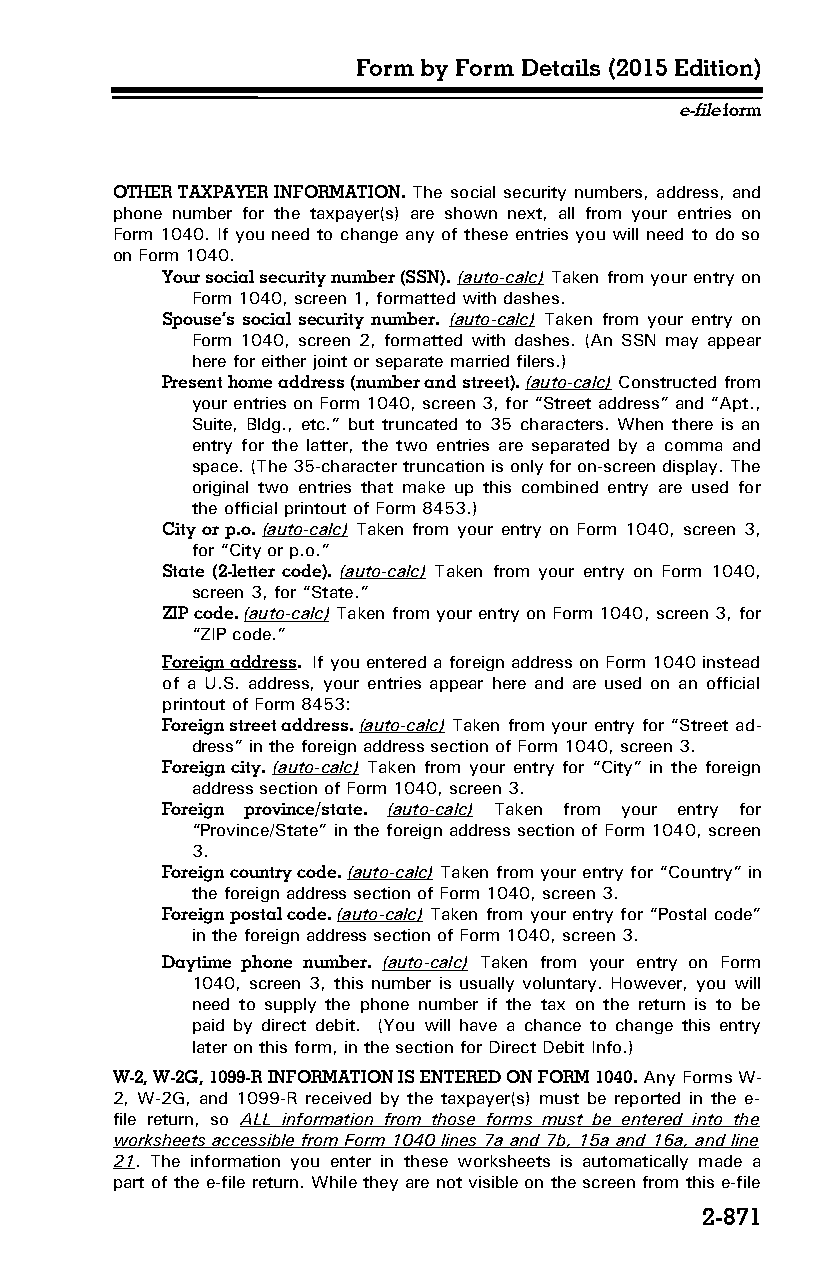
Form by Form Details (2015 Edition)
 e-file form
 OTHER TAXPAYER INFORMATION. The social security numbers, address, and
 phone number for the taxpayer(s) are shown next, all from your entries on
 Form 1040. If you need to change any of these entries you will need to do so
 on Form 1040.
 Your social security number (SSN). (auto-calc) Taken from your entry on
 Form 1040, screen 1, formatted with dashes.
 Spouse’s social security number. (auto-calc) Taken from your entry on
 Form 1040, screen 2, formatted with dashes. (An SSN may appear
 here for either joint or separate married filers.)
 Present home address (number and street). (auto-calc) Constructed from
 your entries on Form 1040, screen 3, for “Street address” and “Apt.,
 Suite, Bldg., etc.” but truncated to 35 characters. When there is an
 entry for the latter, the two entries are separated by a comma and
 space. (The 35-character truncation is only for on-screen display. The
 original two entries that make up this combined entry are used for
 the official printout of Form 8453.)
 City or p.o. (auto-calc) Taken from your entry on Form 1040, screen 3,
 for “City or p.o.”
 State (2-letter code). (auto-calc) Taken from your entry on Form 1040,
 screen 3, for “State.”
 ZIP code. (auto-calc) Taken from your entry on Form 1040, screen 3, for
 “ZIP code.”
 Foreign address. If you entered a foreign address on Form 1040 instead
 of a U.S. address, your entries appear here and are used on an official
 printout of Form 8453:
 Foreign street address. (auto-calc) Taken from your entry for “Street ad­
 dress” in the foreign address section of Form 1040, screen 3.
 Foreign city. (auto-calc) Taken from your entry for “City” in the foreign
 address section of Form 1040, screen 3.
 Foreign province/state. (auto-calc) Taken from your entry for
 “Province/State” in the foreign address section of Form 1040, screen
 3.
 Foreign country code. (auto-calc) Taken from your entry for “Country” in
 the foreign address section of Form 1040, screen 3.
 Foreign postal code. (auto-calc) Taken from your entry for “Postal code”
 in the foreign address section of Form 1040, screen 3.
 Daytime phone number. (auto-calc) Taken from your entry on Form
 1040, screen 3, this number is usually voluntary. However, you will
 need to supply the phone number if the tax on the return is to be
 paid by direct debit. (You will have a chance to change this entry
 later on this form, in the section for Direct Debit Info.)
 W-2, W-2G, 1099-R INFORMATION IS ENTERED ON FORM 1040. Any Forms W-
 2, W-2G, and 1099-R received by the taxpayer(s) must be reported in the e-
 file return, so ALL information from those forms must be entered into the
 worksheets accessible from Form 1040 lines 7a and 7b, 15a and 16a, and line
 21. The information you enter in these worksheets is automatically made a
 part of the e-file return. While they are not visible on the screen from this e-file
 2-871